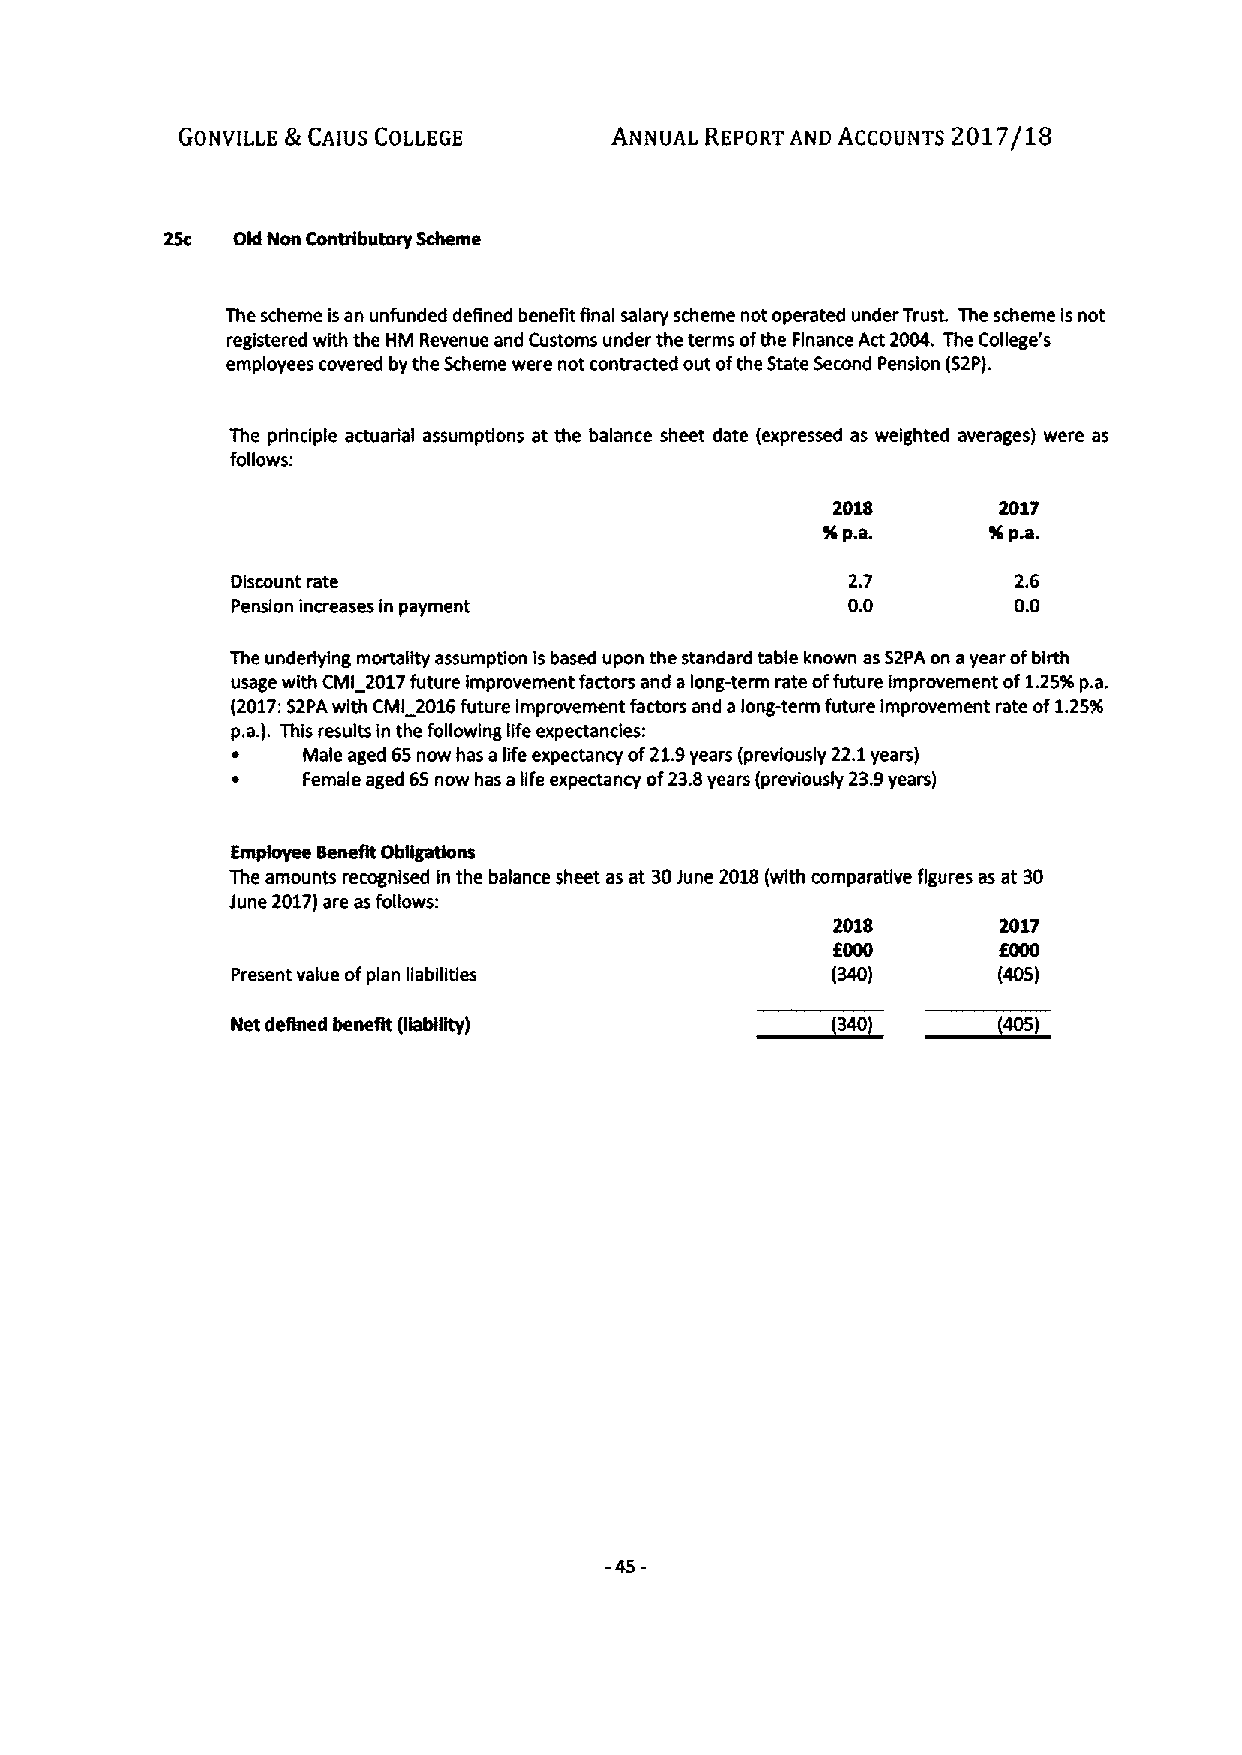
GONVILLE &CA)US COLLEGE     ANNUAL REPORT AND ACCOUNTS 2017/18
 25c Old Non Contributory Scheme
 The scheme isan unfunded defined benefit final salary scheme not operated under Trust. The scheme Isnot
 registered with the HM Revenue and Customs under the terms ofthe Finance Act 2004. The Cofiege's
 employees covered by the Scheme were not contracted out ofthe State Second Pension (52P).
 The prindple actuarial assumptions at the balance sheet date (expressed as weighted averages) were as
 follows:
 2018       2017
 54p.a.     56pw.
 Discount rate                            2.7        2.6
 Pension increases in payment             0.0        0.0
 The underlying mortality assumption is based upon the standard table known as 52PA on ayear ofbirth
 usage with CMI 2017future Improvement factors and along-term rate offuture improvement of1.25SSp.a.
 (2017:52PA with CMI 2016future improvement factors and along-term future improvement rate of1.257(
 p.a.). This results in the following life expectancies:
 ~    Male aged 65now has alife expectancy of21.9years (previously 22.1years)
 ~    Female aged 65now has afife expectancy of23.8years (previously 23.9yean)
 Employee Benefit Obligations
 The amounts recognised in the balance sheet as at 30June 2018(with comparative figures as at 30
 June 2017)are as follows:
 2018       2017
 6000       6000
 Present value ofplan liabilities        (340)      (405)
 ~334400~44400333
 Net defined benefit (fiabifity)
 -45-